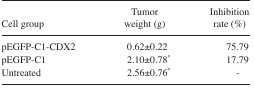
<table><thead><tr><td><b>Cell group</b></td><td><b>Tumor weight (g)</b></td><td><b>Inhibition rate (%)</b></td></tr></thead><tbody><tr><td>pEGFP-C1-CDX2</td><td>0.62±0.22</td><td>75.79</td></tr><tr><td>pEGFP-C1</td><td>2.10±0.78*</td><td>17.79</td></tr><tr><td>Untreated</td><td>2.56±0.76*</td><td>–</td></tr></tbody></table>